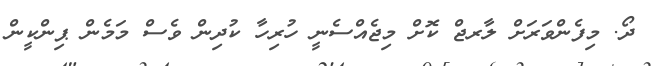
ދޯ. މިފެންވަރަށް ލާރޖް ކޮށް މިޖެއްސެނީ ހުރިހާ ކުދިން ވެސް މަމެން ޕިންކީން